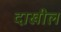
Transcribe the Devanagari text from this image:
दाखील